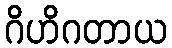
ဂိဟိဂတာယ